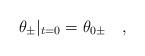
LaTeX: \begin{align*}\theta_\pm|_{t=0} = \theta_{0\pm}\quad,\end{align*}